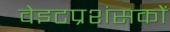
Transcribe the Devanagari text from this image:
वेइटप्रशंसकों